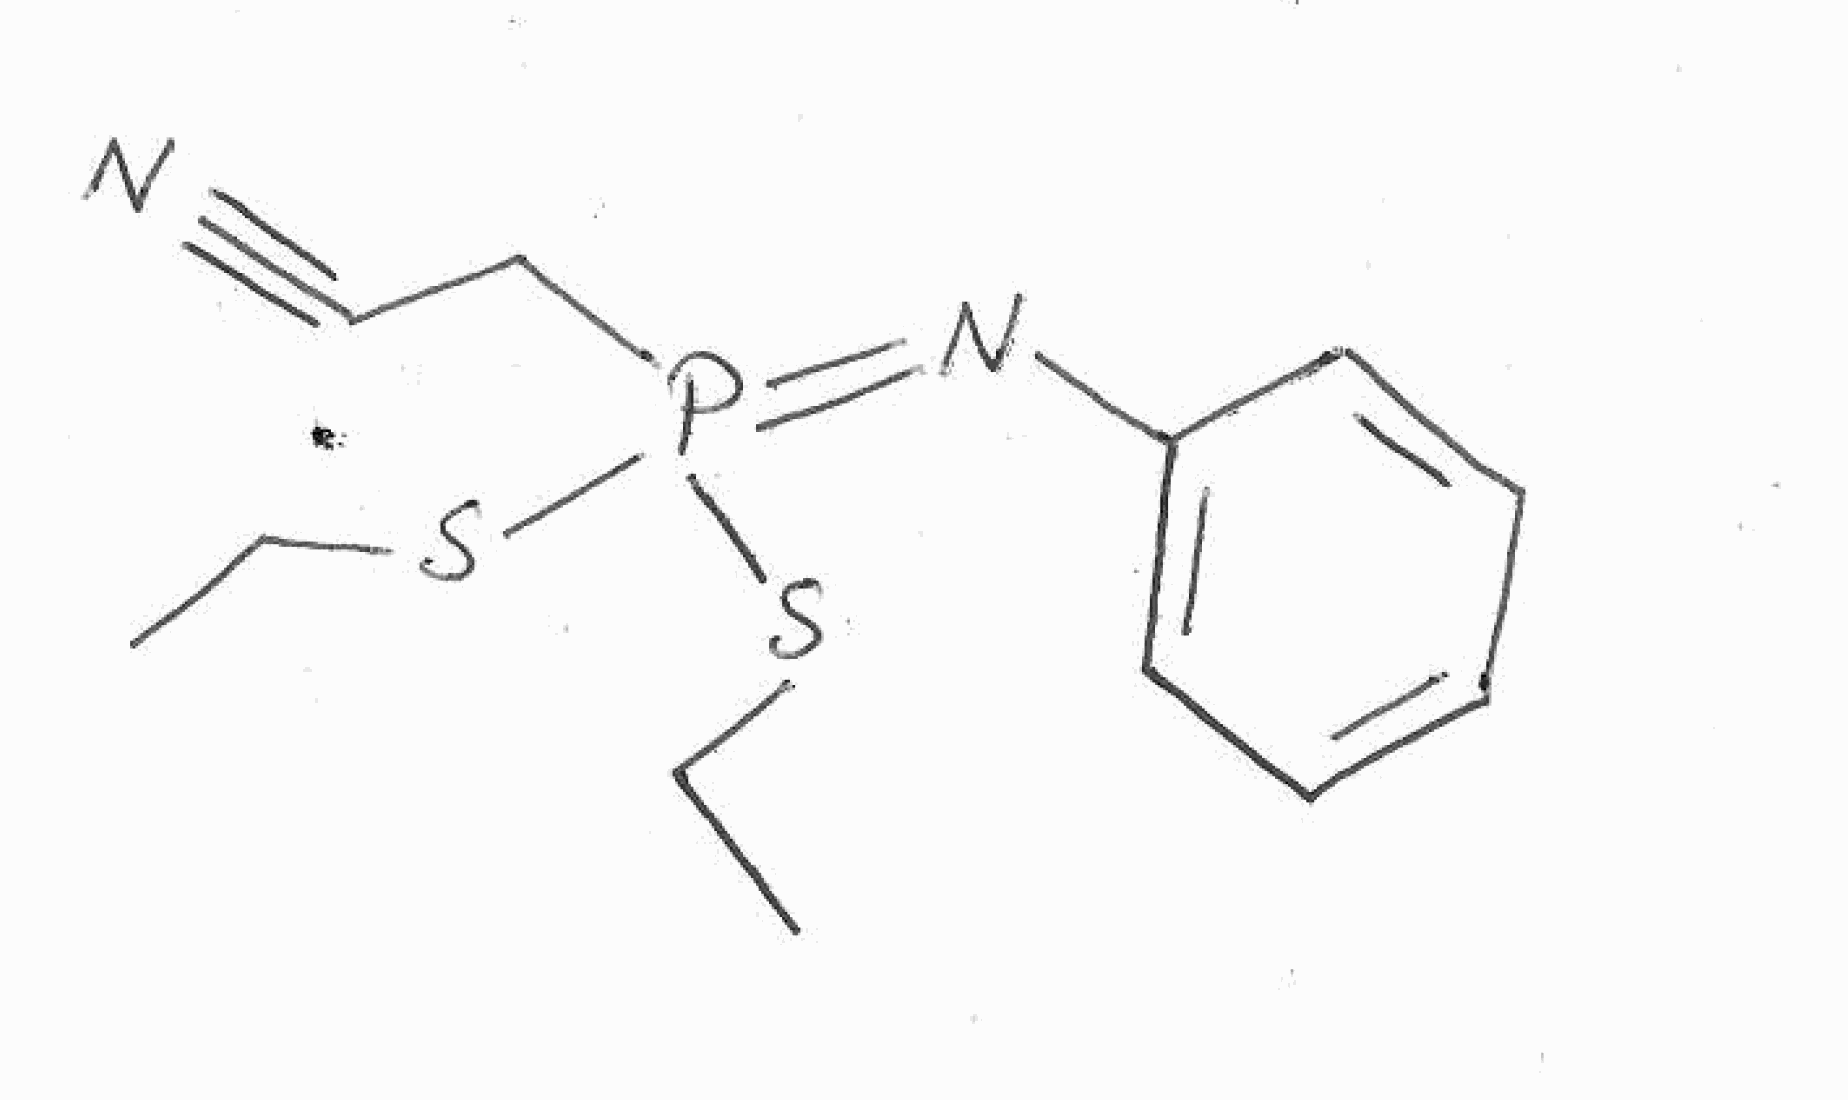
Simplified molecular-input line-entry system (SMILES) notation of the given molecule:
CCSP(=NC1=CC=CC=C1)(CCC#N)SCC